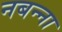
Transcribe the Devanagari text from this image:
नबन्ना